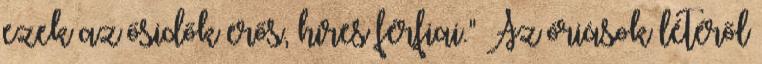
ezek az ősidők erős, híres férfiai." Az óriások létéről